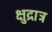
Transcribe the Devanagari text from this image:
क्षुद्रात्र